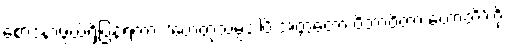
စောဒနာဖွယ်ရှိပြန်ရကား ‘ဟေတုသမ္ပဒါပိ အတ္ထတော ဝိဘာဝိတာ ဟောတိ’ကို